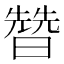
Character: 㬱